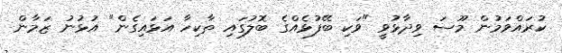
ކުރައްވަމުން މޫސަ ވިދާޅުވީ "ވަކި ބޭފުޅެއްގެ ބޮލުގައި ތާކިހާ އަޅައިގެން" އުޅުނު ޒަމާން